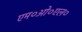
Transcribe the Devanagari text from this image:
एम०ओ०एल०